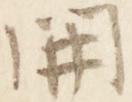
開